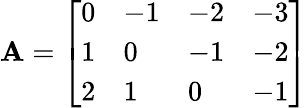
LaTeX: \mathbf{A}={\left[\begin{array}{llll}{0}&{-1}&{-2}&{-3}\\ {1}&{0}&{-1}&{-2}\\ {2}&{1}&{0}&{-1}\end{array}\right]}